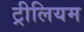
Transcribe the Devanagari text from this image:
ट्रीलियम